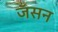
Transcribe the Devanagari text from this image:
जॅसन